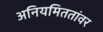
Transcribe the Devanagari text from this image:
अनियमिततांवर